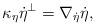
LaTeX: \begin{align*}\kappa_\eta\dot\eta^\perp=\nabla_{\dot\eta}\dot\eta,\end{align*}